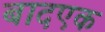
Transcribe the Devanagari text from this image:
बादएक